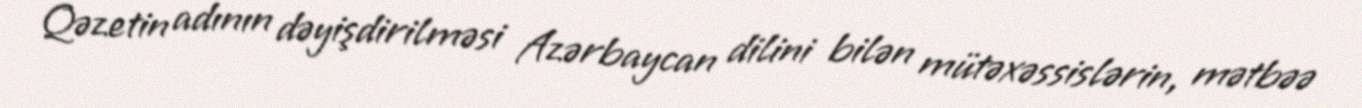
Qəzetin adının dəyişdirilməsi Azərbaycan dilini bilən mütəxəssislərin, mətbəə